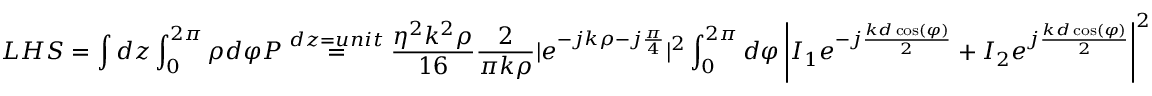
L H S = \int d z \int _ { 0 } ^ { 2 \pi } \rho d \varphi P \stackrel { d z = u n i t } { = } \frac { \eta ^ { 2 } k ^ { 2 } \rho } { 1 6 } \frac { 2 } { \pi k \rho } | e ^ { - j k \rho - j \frac { \pi } { 4 } } | ^ { 2 } \int _ { 0 } ^ { 2 \pi } d \varphi \left| I _ { 1 } e ^ { - j \frac { k d \cos ( \varphi ) } { 2 } } + I _ { 2 } e ^ { j \frac { k d \cos ( \varphi ) } { 2 } } \right| ^ { 2 }